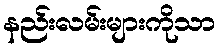
နည်းလမ်းများကိုသာ